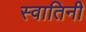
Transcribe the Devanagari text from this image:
स्वातिनी